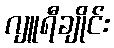
ဂျူရီချိုင်း